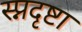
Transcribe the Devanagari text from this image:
स्प्नदृष्टा